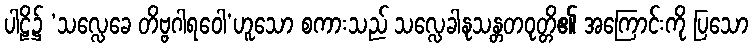
ပါဠိ၌ ‘သလ္လေခေ တိဗ္ဗဂါရဝေါ’ဟူသော စကားသည် သလ္လေခါနုသန္တတဝုတ္တိ၏ အကြောင်းကို ပြသော